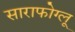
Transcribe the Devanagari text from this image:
साराफोग्लू